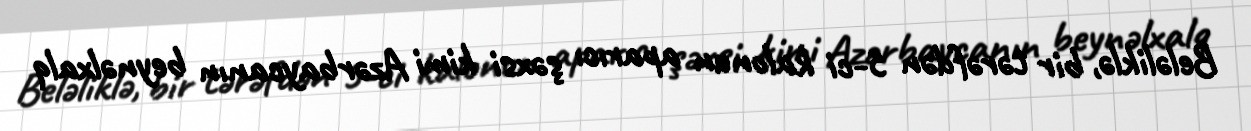
Beləliklə, bir tərəfdən 5-ci kalonun aparıcı şəxsi kimi Azərbaycanın beynəlxalq